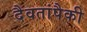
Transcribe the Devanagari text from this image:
दैवतांपैकी